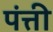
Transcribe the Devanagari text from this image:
पंत्ती